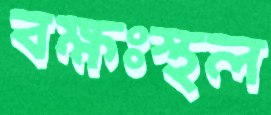
বক্ষঃস্থল